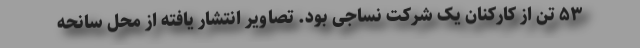
۵۳ تن از کارکنان یک شرکت نساجی بود. تصاویر انتشار یافته از محل سانحه